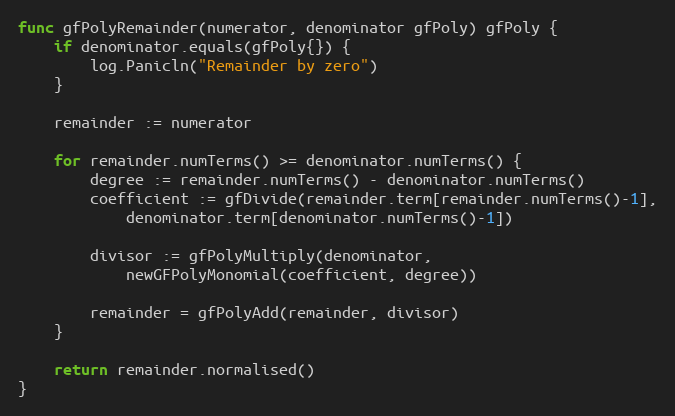
Language: Go
func gfPolyRemainder(numerator, denominator gfPoly) gfPoly {
	if denominator.equals(gfPoly{}) {
		log.Panicln("Remainder by zero")
	}

	remainder := numerator

	for remainder.numTerms() >= denominator.numTerms() {
		degree := remainder.numTerms() - denominator.numTerms()
		coefficient := gfDivide(remainder.term[remainder.numTerms()-1],
			denominator.term[denominator.numTerms()-1])

		divisor := gfPolyMultiply(denominator,
			newGFPolyMonomial(coefficient, degree))

		remainder = gfPolyAdd(remainder, divisor)
	}

	return remainder.normalised()
}